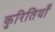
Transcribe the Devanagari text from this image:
कुरितियाँ